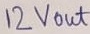
Text: 12Vout